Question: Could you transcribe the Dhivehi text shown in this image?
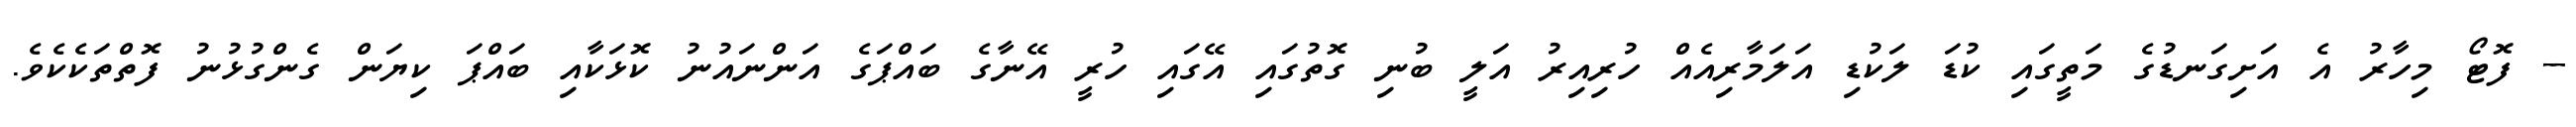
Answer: -- ފޮޓޯ މިހާރު އެ އަށިގަނޑުގެ މަތީގައި ކުޑަ ލަކުޑި އަލަމާރިއެއް ހުރިއިރު އަލީ ބުނި ގޮތުގައި އޭގައި ހުރީ އޭނާގެ ބައްޕަގެ އަންނައުނު ކޮޅަކާއި ބައްޕަ ކިޔަން ގެންގުޅުނު ފޮތްތަކެކެވެ.